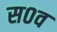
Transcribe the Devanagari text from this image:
स०व